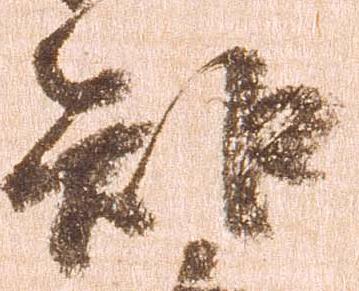
知